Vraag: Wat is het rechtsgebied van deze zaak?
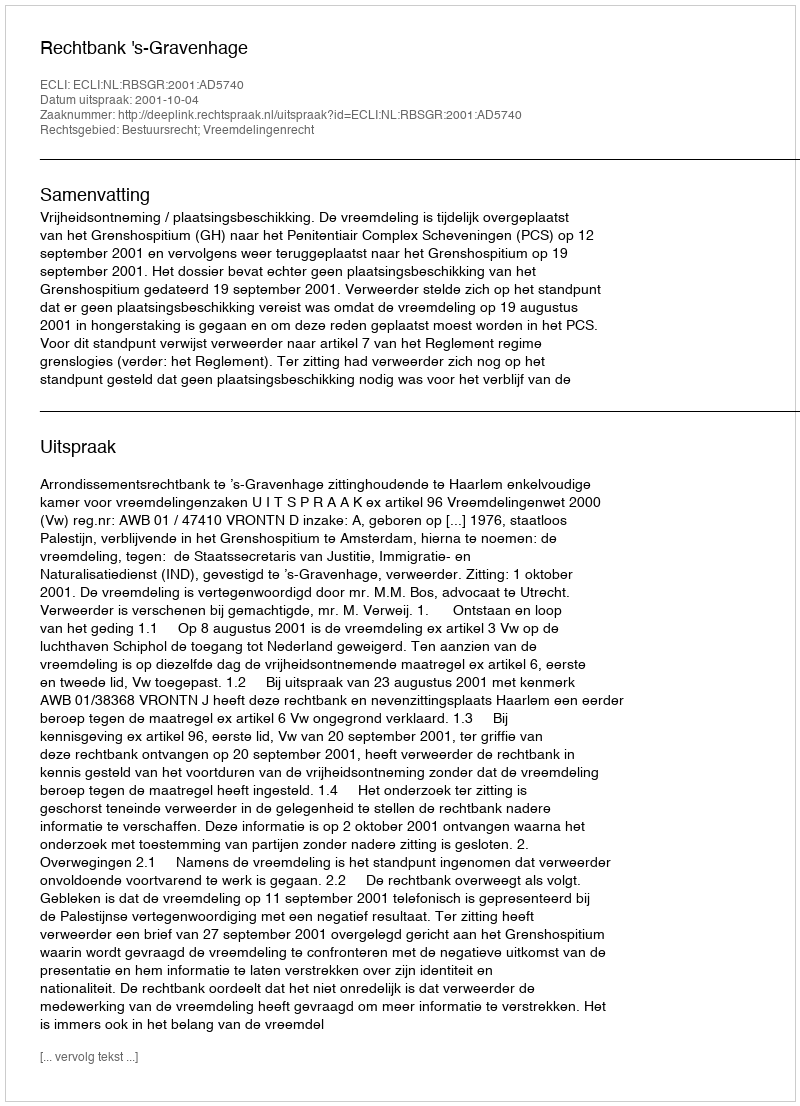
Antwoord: Bestuursrecht; Vreemdelingenrecht